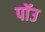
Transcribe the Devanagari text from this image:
पॉउ